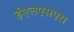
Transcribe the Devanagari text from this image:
ईएलएसएस